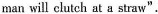
man will clutch at a straw”.